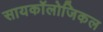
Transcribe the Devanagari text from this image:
सायकॉलोजिकल